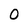
Character: 0